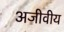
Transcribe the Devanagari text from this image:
अजीवीय